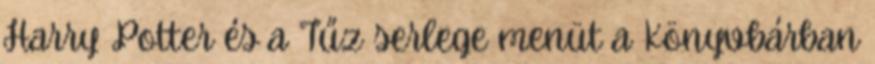
Harry Potter és a Tűz serlege menüt a Könyvbárban